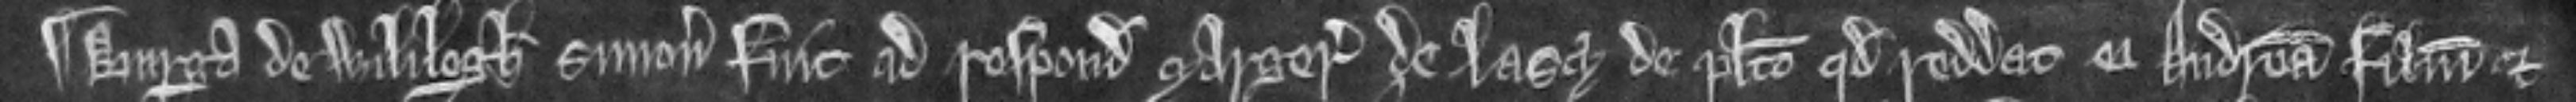
¶ Burga de Wililegh summonita fuit ad respondendum Margerie de Lascy de placito quod reddat ei Andream filium et